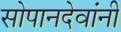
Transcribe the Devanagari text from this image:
सोपानदेवांनी